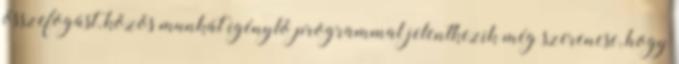
összefogást, közös munkát igénylő programmal jelentkezik még szerencse, hogy